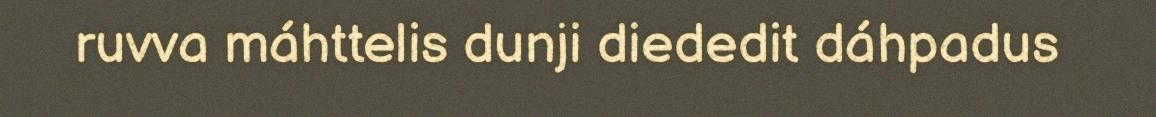
ruvva máhttelis dunji diededit dáhpadus